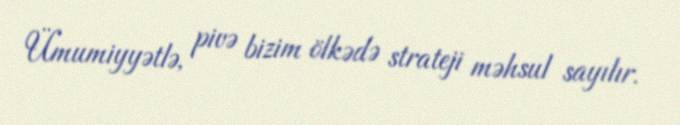
Ümumiyyətlə, pivə bizim ölkədə strateji məhsul sayılır.